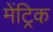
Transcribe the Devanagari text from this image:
मेंट्रिक